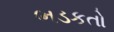
ભડકતો